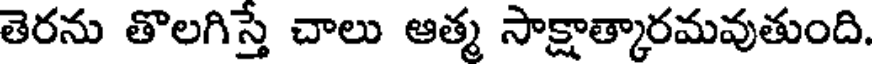
తెరను తొలగిస్తే చాలు ఆత్మ సాక్షాత్కారమవుతుంది.